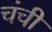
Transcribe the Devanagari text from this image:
चंची